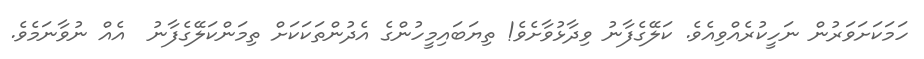
ހަމަކަށަވަރުން ނަހީކުރެއްވިއެވެ. ކަލޭގެފާނު ވިދާޅުވާށެވެ! ތިޔަބައިމީހުންގެ އެދުންތަކަކަށް ތިމަންކަލޭގެފާނު  އެއް ނުވާނަމެވެ.